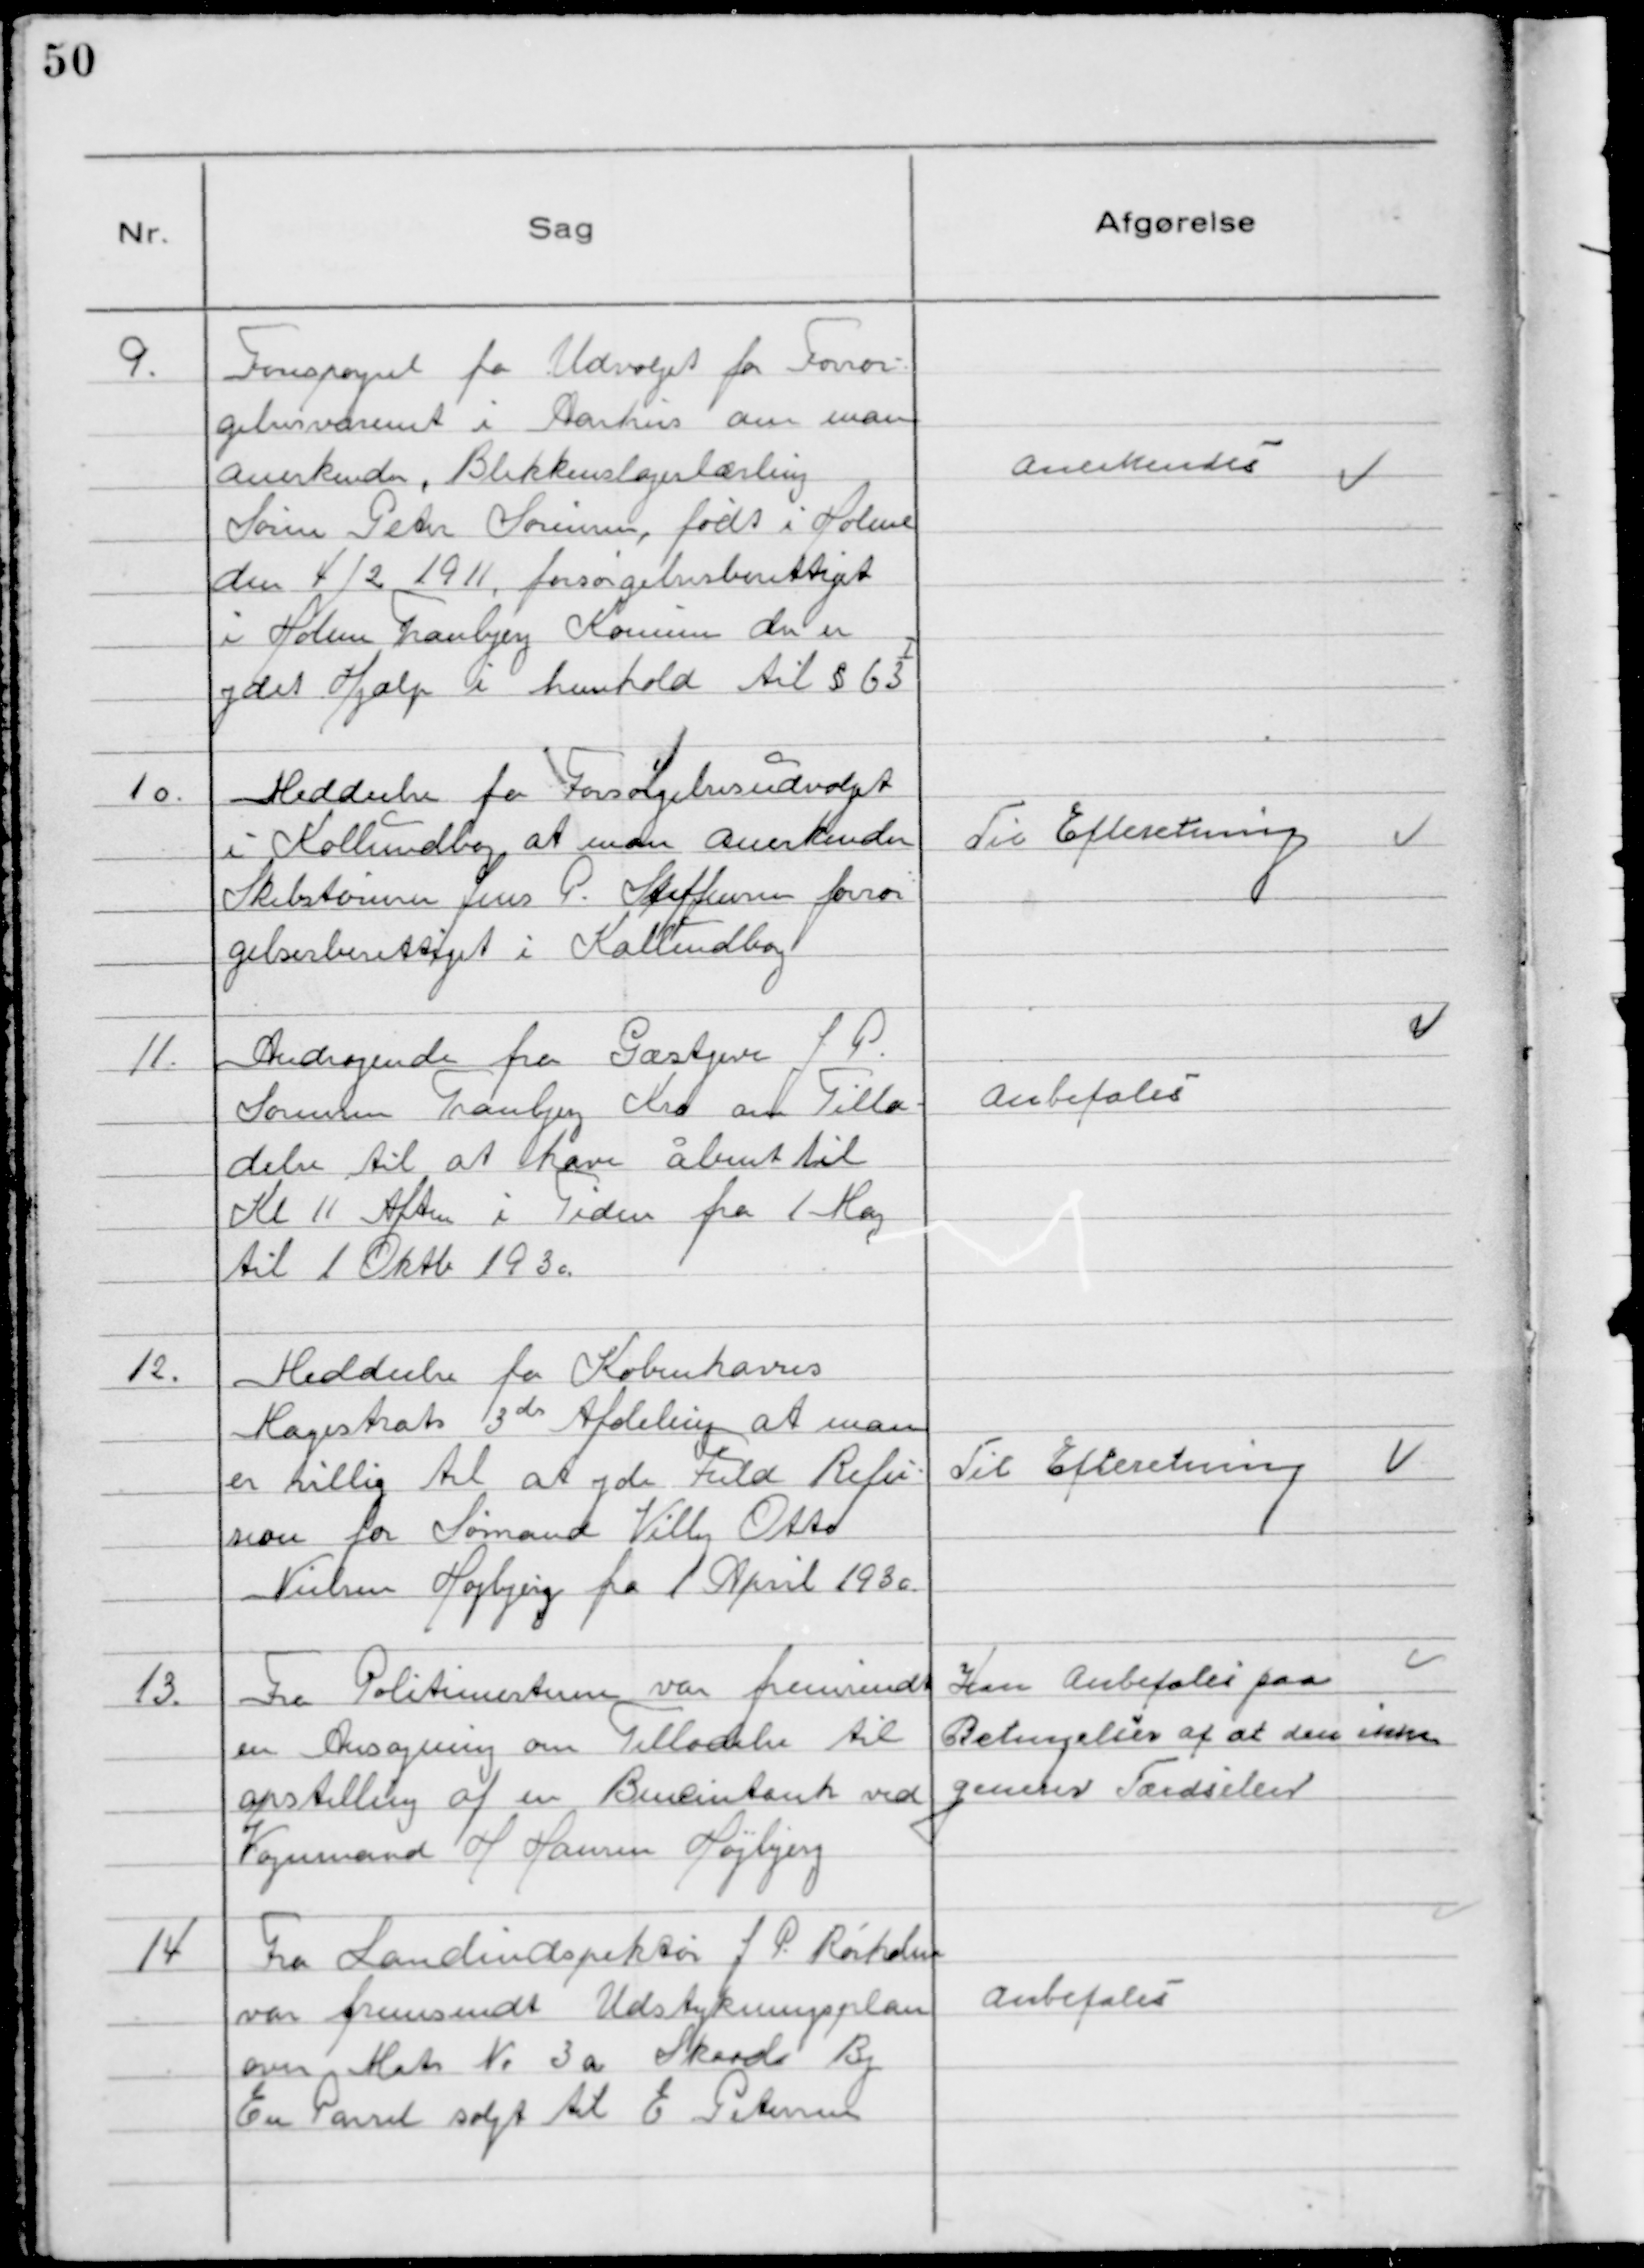
Transskription:
9. Forespørgsel fra Udvalget for Forsør-
gelsesvæsenet i Aarhus om man
anerkender, Blikkenslagerlærling
Søren Peter Sørensen, født i Holme
den 4/2 1911, forsørgelsesberettiget
i Holme Tranbjerg Kommune der er
ydet Hjælp i henhold til § 63Ⅰ

Anerkendes

10. Meddeelse fra Forsørgelsesudvalget
i Kalundborg at man anerkender
Skibstømrer Jens P. Steffensen forsør
gelsesberettiget i Kalundborg

Til Efteretning

11. Andragende fra Gæstgiver J P.
Sørensen Tranbjerg Kro om Tilla-
delse til at have åbent til
Kl 11 Aften i Tiden fra 1 Maj
til 1 Oktb 1930.

Anbefales

12. Meddeelse fra Københavns
Magistrats 3d Afdeling at man
er villig til at yde Fuld Refu-
sion for Sømand Villy Otto
Nielsen Højbjerg fra 1 April 1930.

Til Efteretning

13. Fra Politimesteren var fremsendt
en Ansøgning om Tilladelse til
opstilling af en Benzintank ved
Vognmand H Hansen Højbjerg

Kan Anbefales paa
Betingelser af at den ikke
generer Færdselen

14 Fra Landindspektør J P. Rørholm
var fremsendt Udstykningsplan
over Matr No 3 a Skaade By
En Parcel solgt til E Petersen

Anbefales